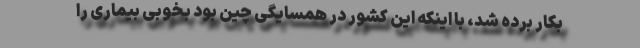
بکار برده شد، با اینکه این کشور در همسایگی چین بود بخوبی بیماری را